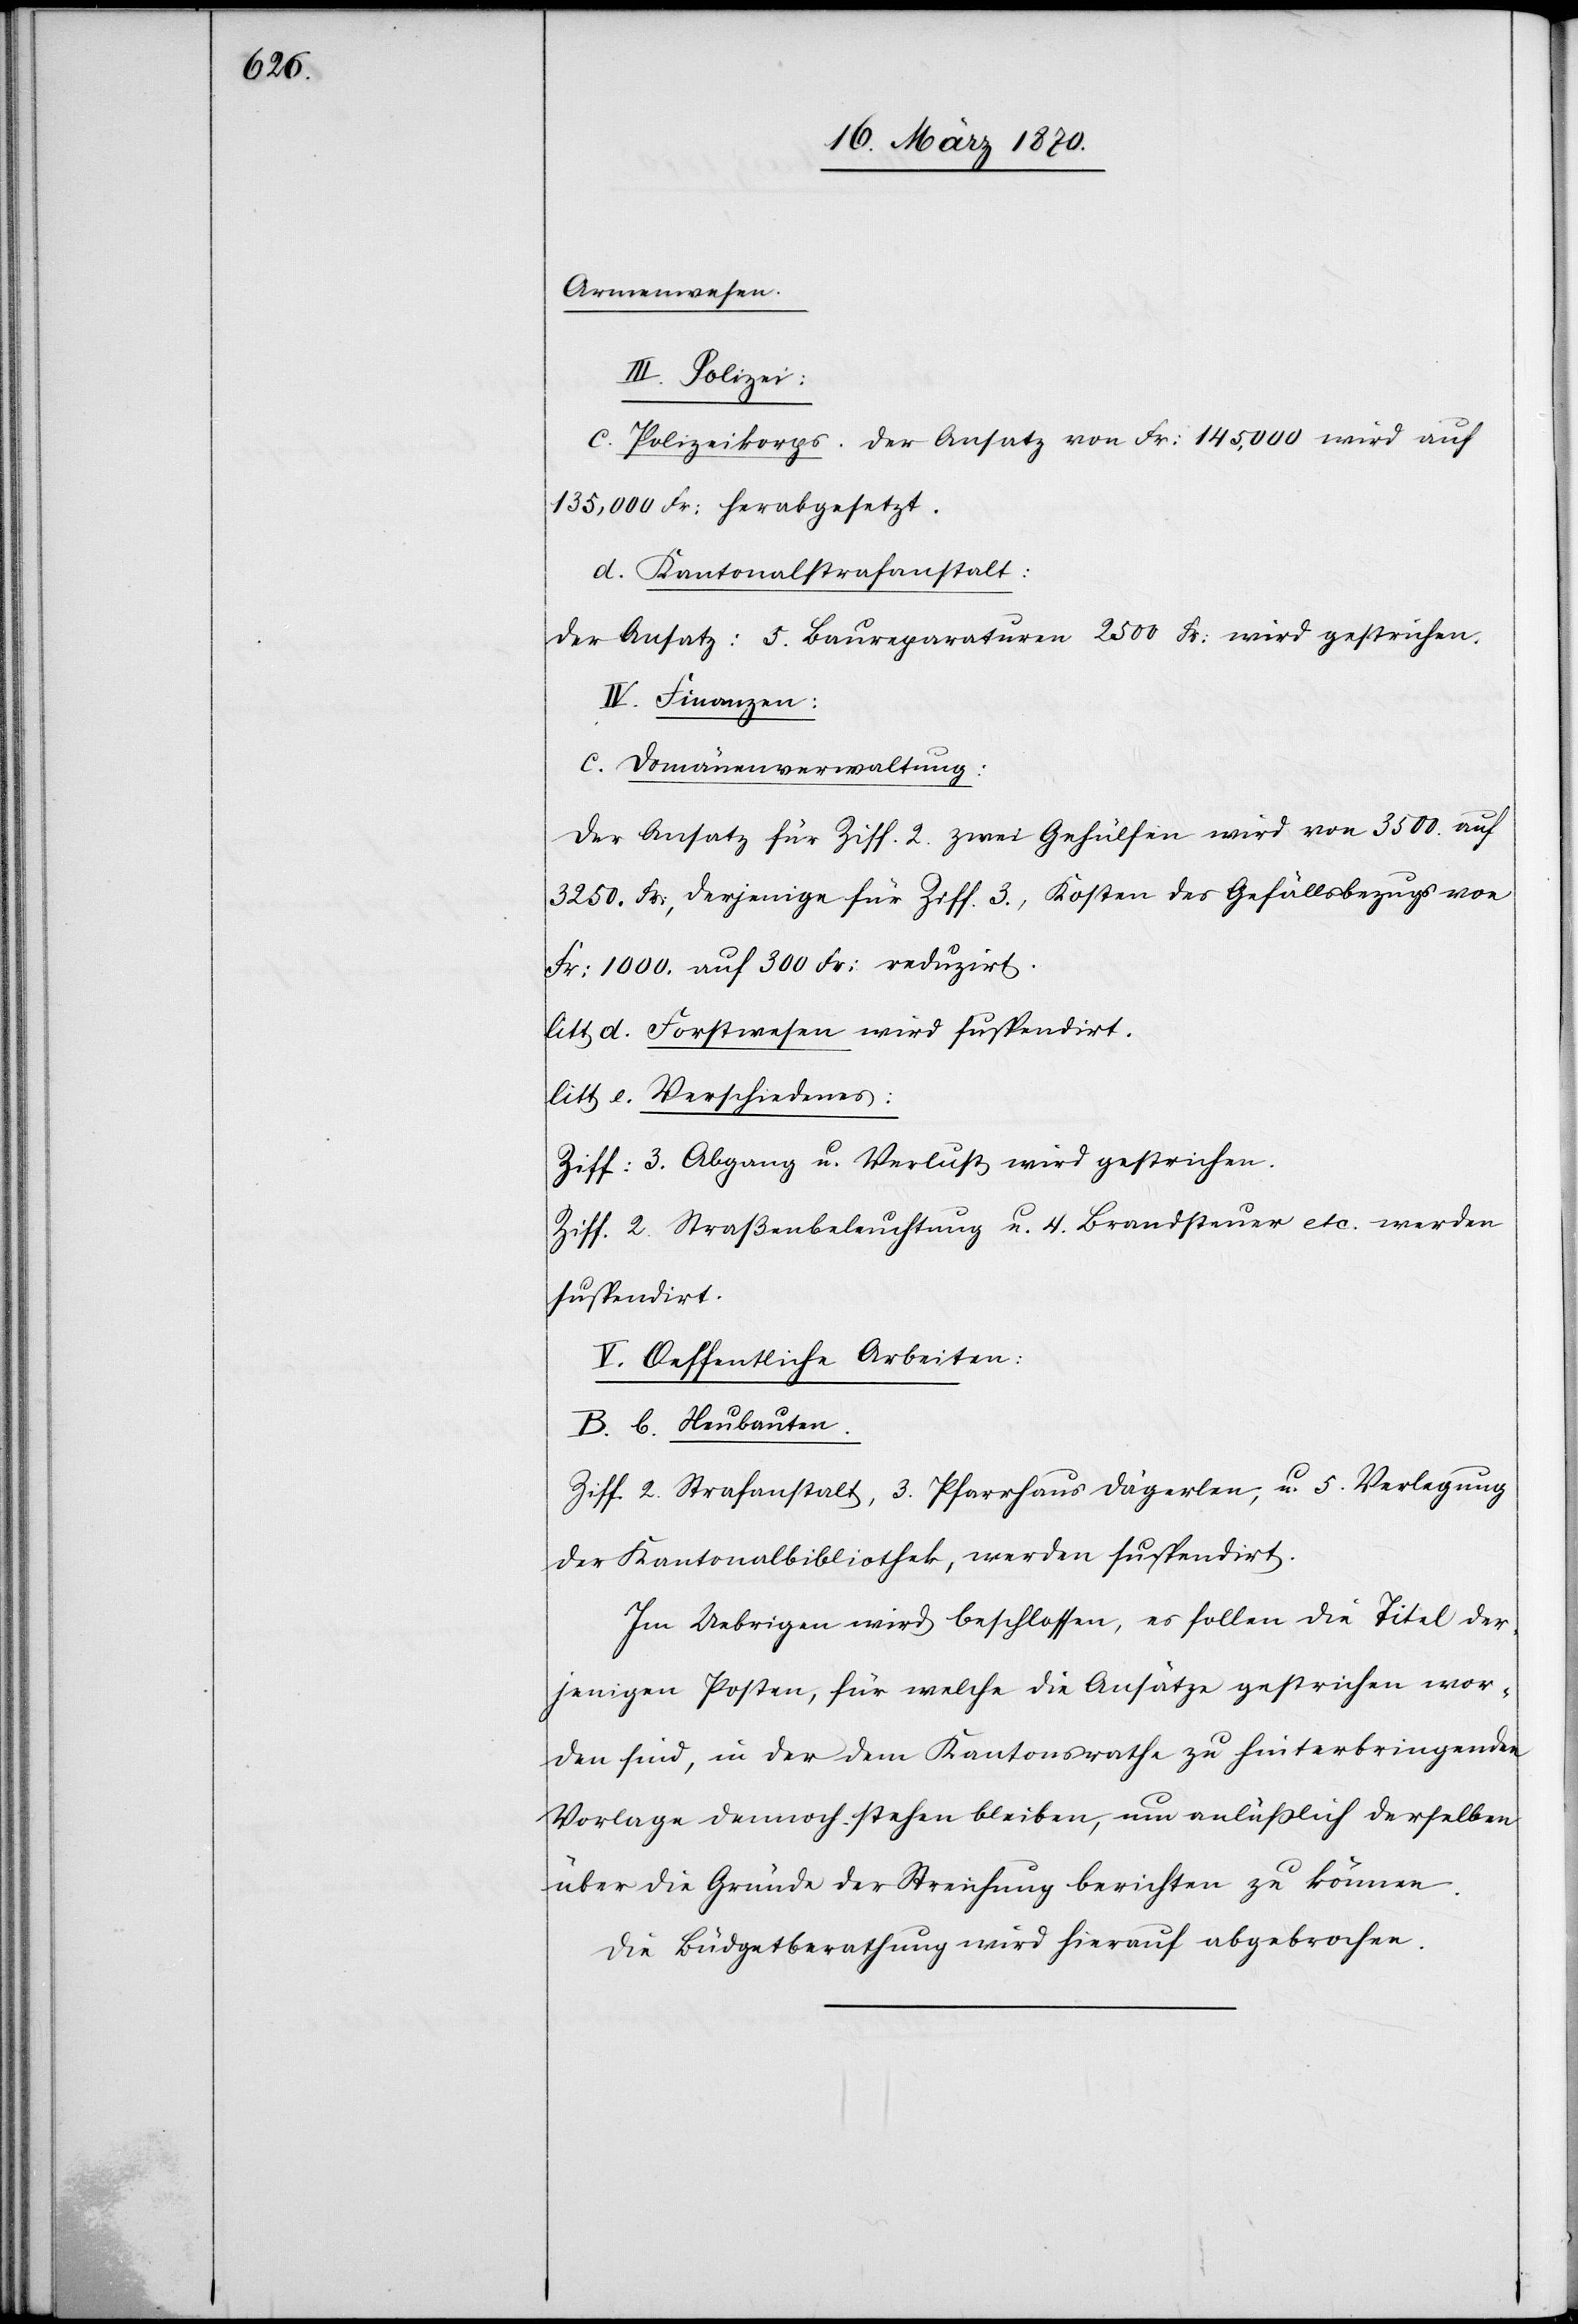
Armenwesen.
III. Polizei:
Polizeikorps. Der Ansatz von Fr: 145,000 wird auf
135,000 Fr: herabgesetzt.
d. Kantonalstrafanstalt:
Der Ansatz: 5. Baureparaturen 2500 Fr: wird gestrichen.
IV. Finanzen:
c. Domänenverwaltung:
Der Ansatz für Ziff. 2. zwei Gehülfen wird von 3500. auf
3250. Fr:, derjenige für Ziff. 3., Kosten des Gefällsbezugs von
Fr: 1000. auf 300 Fr: reduzirt.
litt d. Forstwesen wird suspendirt.
litt e. Verschiedenes:
Ziff: 3. Abgang u. Verlust wird gestrichen.
Ziff. 2. Straßenbeleuchtung u. 4. Brandsteuer etc. werden
suspendirt.
V. Oeffentliche Arbeiten:
B. b. Neubauten.
Ziff. 2. Strafanstalt, 3. Pfarrhaus Dägerlen, u. 5. Verlegung
der Kantonalbibliothek, werden suspendirt.
Im Uebrigen wird beschlossen, es sollen die Titel der¬
jenigen Posten, für welche die Ansätze gestrichen wor¬
den sind, in der dem Kantonsrathe zur hinterbringenden
Vorlage dennoch stehen bleiben, um anläßlich derselben
über die Gründe der Streichung berichten zu können.
Die Büdgetberathung wird hierauf abgebrochen.